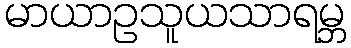
မာယာဥသူယသာရမ္ဘ